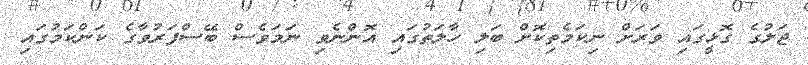
ޖަލުގެ ގޮޅީގައި ވަރަށް ނިކަމެތިކޮށް ބަލި ހާލަތުގައި އޮންނެވި ނަމަވެސް ބޭސްފަރުވާގެ ކަންކަމުގައި